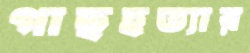
গাছহত্যার